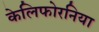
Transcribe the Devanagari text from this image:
केलिफोरनिया